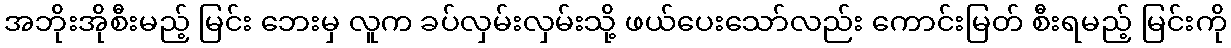
အဘိုးအိုစီးမည့် မြင်း ဘေးမှ လူက ခပ်လှမ်းလှမ်းသို့ ဖယ်ပေးသော်လည်း ကောင်းမြတ် စီးရမည့် မြင်းကို